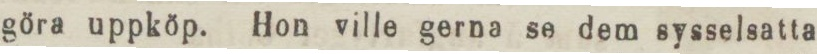
göra uppköp. Hon ville gerna se dem sysselsatta